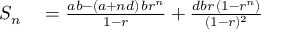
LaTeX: \begin{array} { r l } { S _ { n } } & { { } = { \frac { a b - ( a + n d ) \, b r ^ { n } } { 1 - r } } + { \frac { d b r \, ( 1 - r ^ { n } ) } { ( 1 - r ) ^ { 2 } } } } \end{array}